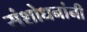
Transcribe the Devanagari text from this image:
संशोधनांनी